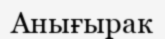
Анығырак